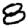
Digit: 8